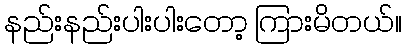
နည်းနည်းပါးပါးတော့ ကြားမိတယ်။